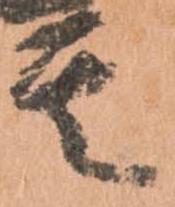
其